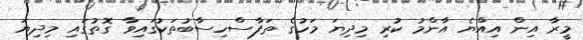
މީރާ އިން އިއްޔެ އާންމު ކުރި މިދިޔަ މަހުގެ ތަފާސްހިސާބުތަކުގައިވާ ގޮތުގައި މިިދިޔަ